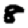
Digit: 8